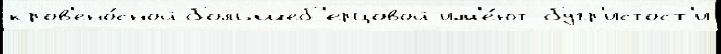
кров'ено́сной большеб'ерцовой им'е́ют бугр'истост'и